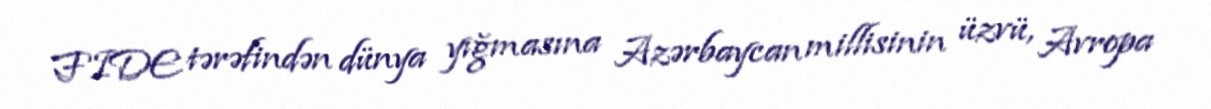
FIDE tərəfindən dünya yığmasına Azərbaycan millisinin üzvü, Avropa